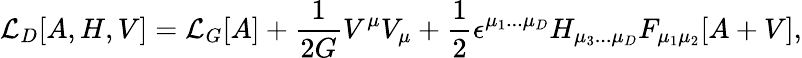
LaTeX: {\cal L}_{D}[A,H,V]={\cal L}_{G}[A]+\frac{1}{2G}V^{\mu}V_{\mu}+\frac{1}{2}\epsilon^{\mu_{1}...\mu_{D}}H_{\mu_{3}...\mu_{D}}F_{\mu_{1}\mu_{2}}[A+V],